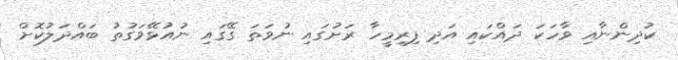
ކުދިންނާއި ވާހަކަ ދައްކައި އަދި ފިރިމީހާ ރަށުގައި ނުވަތަ ގޭގައި ނުއުޅޭވަގުތު ބައްދަލުކޮށް